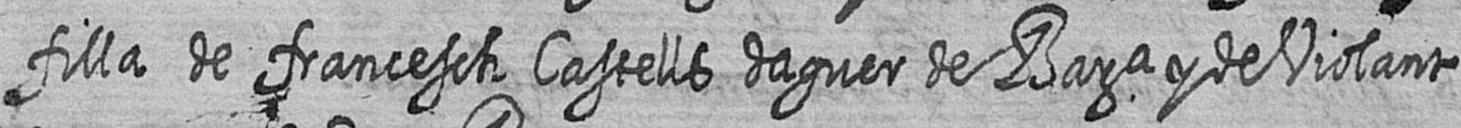
filla de francesch Castells daguer de Bara y de Violant